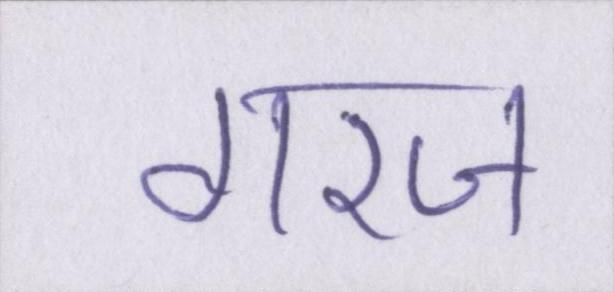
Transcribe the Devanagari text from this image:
गरज